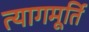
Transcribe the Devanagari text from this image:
त्यागमूर्ति